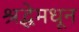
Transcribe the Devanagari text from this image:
श्रद्धेमधून